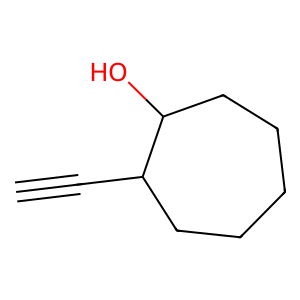
SMILES: C#CC1CCCCCC1O
Inhibits HIV replication: No